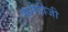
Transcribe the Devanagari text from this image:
सनेहीजी